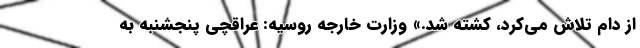
از دام تلاش می‌کرد، کشته شد.» وزارت خارجه روسیه: عراقچی پنجشنبه به